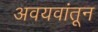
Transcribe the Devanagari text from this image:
अवयवांतून